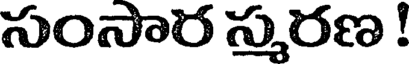
సంసార స్మరణ !